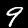
Digit: 9